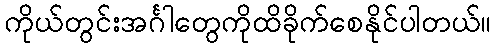
ကိုယ်တွင်းအင်္ဂါတွေကိုထိခိုက်စေနိုင်ပါတယ်။